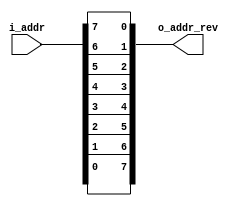
`timescale 1ns / 1ps
//////////////////////////////////////////////////////////////////////////////////
// Company: 
// Engineer: 
// 
// Design Name: 
// Module Name: bitrev
// Project Name: 
// Target Devices: 
// Tool Versions: 
// Description: 
// 
// Dependencies: 
// 
// Revision:
// Revision 0.01 - File Created
// Additional Comments:
// 
//////////////////////////////////////////////////////////////////////////////////


module bitrev(
    input [7:0] i_addr,
    output [7:0] o_addr_rev
    );
    assign o_addr_rev[7] = i_addr[0];
    assign o_addr_rev[6] = i_addr[1];
    assign o_addr_rev[5] = i_addr[2];
    assign o_addr_rev[4] = i_addr[3];
    assign o_addr_rev[3] = i_addr[4];
    assign o_addr_rev[2] = i_addr[5];
    assign o_addr_rev[1] = i_addr[6];
    assign o_addr_rev[0] = i_addr[7];
endmodule